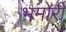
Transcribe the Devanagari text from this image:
भमोरी